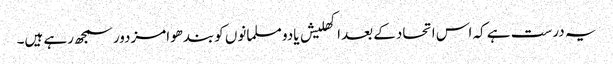
یہ درست ہے کہ اس اتحادکے بعداکھلیش یادو مسلمانوں کوبندھوامزدورسمجھ رہے ہیں۔